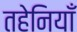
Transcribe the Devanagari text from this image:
तहेनियाँ